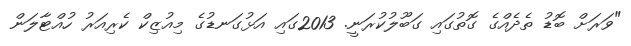
"ވަރަށް ބޮޑު ތެދެއްގެ ގޮތުގައި ގަބޫލުކުރަނީ. 2013ގައި އަޅުގަނޑުގެ މިއުޒިކް ކެރިއަރު ހުއްޓާލަން